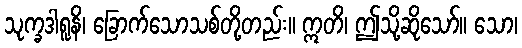
သုက္ခဒါရူနိ၊ ခြောက်သောသစ်တို့တည်း။ ဣတိ၊ ဤသို့ဆိုသော်။ သော၊